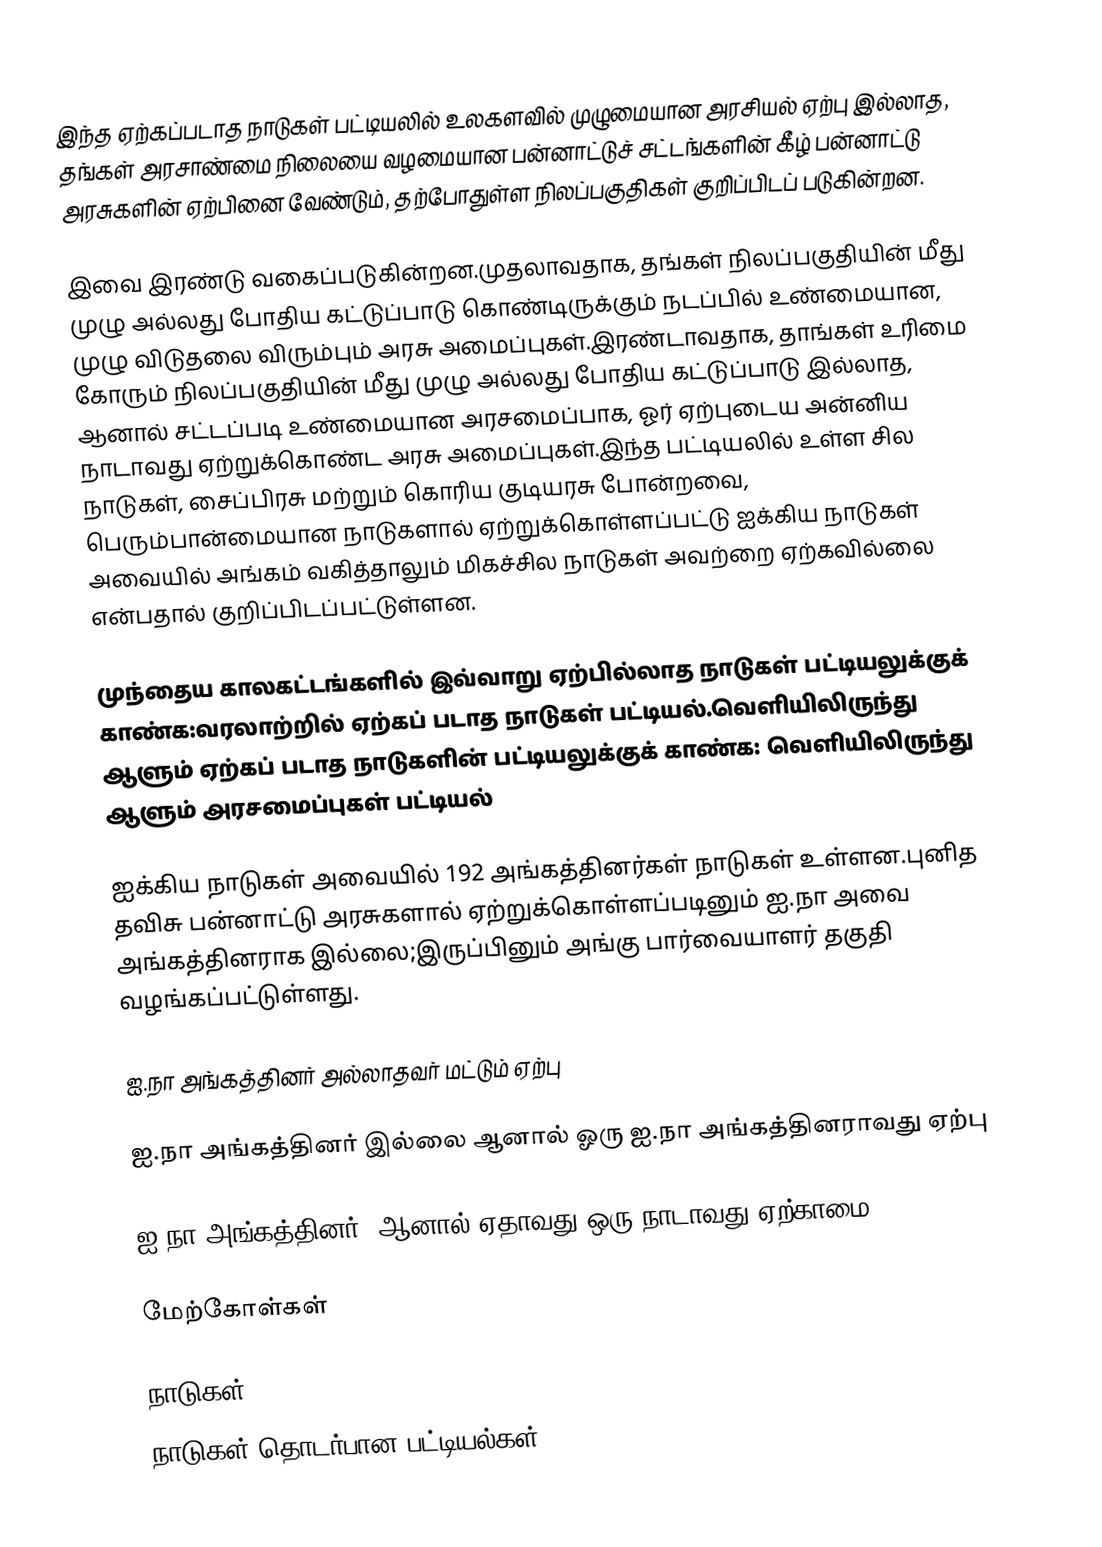
இந்த ஏற்கப்படாத நாடுகள் பட்டியலில்  உலகளவில் முழுமையான அரசியல் ஏற்பு இல்லாத, தங்கள் அரசாண்மை நிலையை வழமையான பன்னாட்டுச் சட்டங்களின் கீழ் பன்னாட்டு அரசுகளின் ஏற்பினை வேண்டும், தற்போதுள்ள நிலப்பகுதிகள் குறிப்பிடப் படுகின்றன.

இவை இரண்டு வகைப்படுகின்றன.முதலாவதாக, தங்கள் நிலப்பகுதியின் மீது முழு அல்லது போதிய கட்டுப்பாடு கொண்டிருக்கும் நடப்பில் உண்மையான, முழு விடுதலை விரும்பும் அரசு அமைப்புகள்.இரண்டாவதாக, தாங்கள் உரிமை கோரும் நிலப்பகுதியின் மீது முழு அல்லது போதிய கட்டுப்பாடு இல்லாத, ஆனால் சட்டப்படி உண்மையான அரசமைப்பாக, ஓர் ஏற்புடைய அன்னிய நாடாவது  ஏற்றுக்கொண்ட அரசு அமைப்புகள்.இந்த பட்டியலில் உள்ள சில நாடுகள், சைப்பிரசு மற்றும் கொரிய குடியரசு போன்றவை, பெரும்பான்மையான நாடுகளால் ஏற்றுக்கொள்ளப்பட்டு ஐக்கிய நாடுகள் அவையில் அங்கம் வகித்தாலும் மிகச்சில நாடுகள் அவற்றை ஏற்கவில்லை என்பதால் குறிப்பிடப்பட்டுள்ளன.

முந்தைய காலகட்டங்களில் இவ்வாறு ஏற்பில்லாத நாடுகள் பட்டியலுக்குக் காண்க:வரலாற்றில் ஏற்கப் படாத நாடுகள் பட்டியல்.வெளியிலிருந்து ஆளும் ஏற்கப் படாத நாடுகளின் பட்டியலுக்குக் காண்க: வெளியிலிருந்து ஆளும் அரசமைப்புகள் பட்டியல்

ஐக்கிய நாடுகள் அவையில் 192 அங்கத்தினர்கள் நாடுகள் உள்ளன.புனித தவிசு பன்னாட்டு அரசுகளால் ஏற்றுக்கொள்ளப்படினும் ஐ.நா அவை அங்கத்தினராக இல்லை;இருப்பினும் அங்கு பார்வையாளர் தகுதி வழங்கப்பட்டுள்ளது.

ஐ.நா அங்கத்தினர் அல்லாதவர் மட்டும் ஏற்பு

ஐ.நா அங்கத்தினர் இல்லை ஆனால் ஓரு ஐ.நா அங்கத்தினராவது ஏற்பு

ஐ.நா அங்கத்தினர், ஆனால் ஏதாவது ஒரு நாடாவது ஏற்காமை

மேற்கோள்கள்

நாடுகள்
நாடுகள் தொடர்பான பட்டியல்கள்